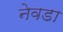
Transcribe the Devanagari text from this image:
नेवडा